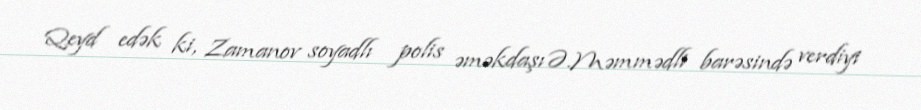
Qeyd edək ki, Zamanov soyadlı polis əməkdaşı Ə.Məmmədli barəsində verdiyi